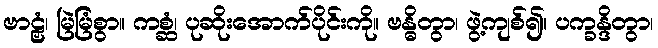
ဗာဠှံ၊ မြဲမြံစွာ။ ကစ္ဆံ၊ ပုဆိုးအောက်ပိုင်းကို။ ဗန္ဓိတွာ၊ ဖွဲ့ကျစ်၍။ ပက္ခန္ဒိတွာ၊